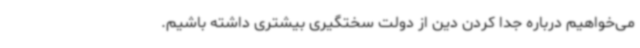
می‌خواهیم درباره جدا کردن دین از دولت سختگیری بیشتری داشته باشیم.